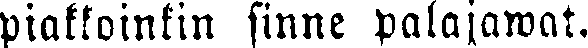
piakkoinkin sinne palajawat.